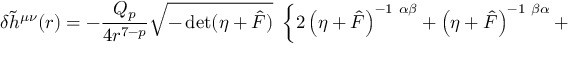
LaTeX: \delta { \tilde { h } } ^ { \mu \nu } ( r ) = - \frac { Q _ { p } } { 4 r ^ { 7 - p } } \sqrt { - \operatorname * { d e t } ( \eta + { \hat { F } } ) } ~ \left\{ 2 \left( \eta + \hat { F } \right) ^ { - 1 ~ \alpha \beta } + \left( \eta + \hat { F } \right) ^ { - 1 ~ \beta \alpha } + \right.